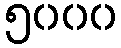
၅၀၀၀